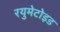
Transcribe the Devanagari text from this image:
रयुमेटोइड